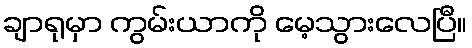
ချာရုမှာ ကွမ်းယာကို မေ့သွားလေပြီ။